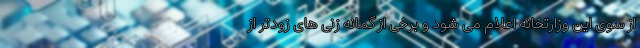
از سوی این وزارتخانه اعلام می شود و برخی از گمانه زنی های زودتر از